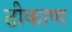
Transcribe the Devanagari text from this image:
ठीकाण